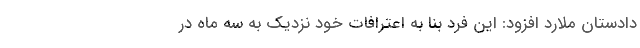
دادستان ملارد افزود: این فرد بنا به اعترافات خود نزدیک به سه ماه در